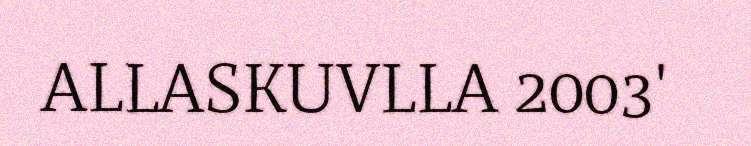
ALLASKUVLLA 2003'